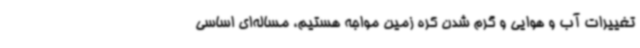
تغییرات آب و هوایی و گرم شدن کره زمین مواجه هستیم، مساله‌ای اساسی